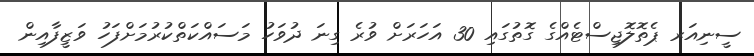
ސީނިއަރ ޕެތޮލޮޖިސްޓެއްގެ ގޮތުގައި 30 އަހަރަށް ވުރެ ގިނަ ދުވަހު މަސައްކަތްކުރުމަށްފަހު ވަޒީފާއިން